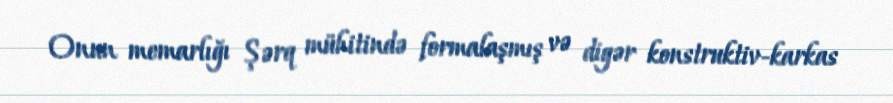
Onun memarlığı Şərq mühitində formalaşmış və digər konstruktiv-karkas